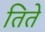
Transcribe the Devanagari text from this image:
तिते